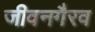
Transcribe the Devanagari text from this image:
जीवनगैरव